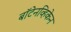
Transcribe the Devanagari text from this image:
बॉटेनव्हिकेन